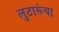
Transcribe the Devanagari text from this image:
लुटारूंचा